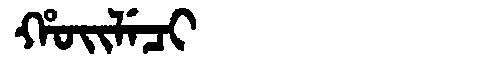
Manchu: ᡥᠣᡳᠯᡝᠴᡳ
Romanization: HOILECI